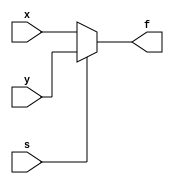
module mux_2to1(x, y, s, f);
    input x, y, s;
    output f;
    
    assign f = s ? y : x;
endmodule

module flipflop(clock, reset, D, Q);
    input clock, reset, D;
    output reg Q;

    always @(posedge clock, posedge reset)
    begin
        if(reset)
            Q <= 0;
        else
            Q <= D;
    end
endmodule

module sreg_1bit(left, right, LoadLeft, D, loadn, clock, reset, Q);
    input left, right, LoadLeft, D, loadn, clock, reset;
    output Q;

    wire w0, w1;

    mux_2to1 m0(.x(right), .y(left), .s(LoadLeft), .f(w0));
    mux_2to1 m1(.x(D), .y(w0), .s(loadn), .f(w1));

    flipflop ff0(.D(w1), .clock(clock), .reset(reset), .Q(Q));
endmodule

module part3(clock, reset, ParallelLoadn, RotateRight, ASRight, Data_IN, Q);
    input clock, reset, ParallelLoadn, RotateRight, ASRight;
    input [7:0] Data_IN;
    output reg [7:0] Q;

    wire [7:0] Q_rot; // rotated Q

    // assign Q_rot[7] = ASRight ? Q[7] : Q[0];

    
    sreg_1bit s7(.left(Q[0]), .right(Q[6]), .LoadLeft(RotateRight), 
        .D(Data_IN[7]), .loadn(ParallelLoadn), .clock(clock), 
        .reset(reset), .Q(Q_rot[7]));
    sreg_1bit s0(.left(Q[7]), .right(Q[5]), .LoadLeft(RotateRight), 
        .D(Data_IN[6]), .loadn(ParallelLoadn), .clock(clock), 
        .reset(reset), .Q(Q_rot[6]));
    sreg_1bit s1(.left(Q[6]), .right(Q[4]), .LoadLeft(RotateRight), 
        .D(Data_IN[5]), .loadn(ParallelLoadn), .clock(clock), 
        .reset(reset), .Q(Q_rot[5])); 
    sreg_1bit s2(.left(Q[5]), .right(Q[3]), .LoadLeft(RotateRight), 
        .D(Data_IN[4]), .loadn(ParallelLoadn), .clock(clock), 
        .reset(reset), .Q(Q_rot[4]));
    sreg_1bit s3(.left(Q[4]), .right(Q[2]), .LoadLeft(RotateRight), 
        .D(Data_IN[3]), .loadn(ParallelLoadn), .clock(clock), 
        .reset(reset), .Q(Q_rot[3]));
    sreg_1bit s4(.left(Q[3]), .right(Q[1]), .LoadLeft(RotateRight), 
        .D(Data_IN[2]), .loadn(ParallelLoadn), .clock(clock), 
        .reset(reset), .Q(Q_rot[2]));
    sreg_1bit s5(.left(Q[2]), .right(Q[0]), .LoadLeft(RotateRight), 
        .D(Data_IN[1]), .loadn(ParallelLoadn), .clock(clock), 
        .reset(reset), .Q(Q_rot[1]));
    sreg_1bit s6(.left(Q[1]), .right(Q[7]), .LoadLeft(RotateRight), 
        .D(Data_IN[0]), .loadn(ParallelLoadn), .clock(clock), 
        .reset(reset), .Q(Q_rot[0]));

    // assign Q = Q_rot;


    always @(*)
    begin
        if (ParallelLoadn && RotateRight && ASRight) begin
            Q[6:0] = Q_rot[6:0]; // Keep Q[7] same.
        end else begin
            Q = Q_rot;
        end
    end
    // always @(posedge clock)
    // begin
    //     if (reset)
    //         Q <= 8'h00;
    //     else if(!ParallelLoadn)
    //         Q <= Data_IN;
    //     else
    //         if (RotateRight)
    //             if (ASRight)
    //                 Q[6:0] <= Q_rot[6:0];
    //             else
    //                 Q <= Q_rot;
    //         else
    //             Q <= Q_rot;

    // end
endmodule

// module rotreg_8bit(SW, KEY, LEDR);
//     input [9:0] SW;
//     input [3:0] KEY;
//     output [7:0] LEDR;

//     part3 p(.clock(KEY[0]), .reset(SW[9]), .ParallelLoadn(KEY[1]), 
//         .RotateRight(KEY[2]), .ASRight(KEY[3]), 
//         .Data_IN(SW[7:0]), .Q(LEDR[7:0]));
// endmodule